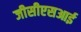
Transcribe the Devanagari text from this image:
जीसीएसआई